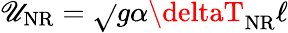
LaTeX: \mathscr{U}_{\mathrm{{NR}}}=\sqrt{}{{g\alpha\deltaT_{\mathrm{{NR}}}\ell}}